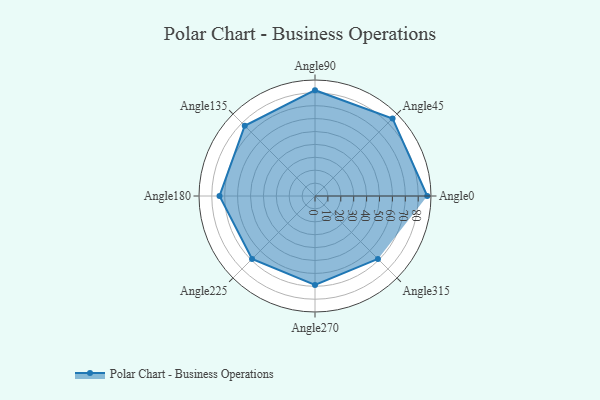
{"axis": {"x": "Angle", "y": "Radius"}, "legend": [""], "data": [{"x": "Angle0", "y": 87.0, "type": ""}, {"x": "Angle45", "y": 85.0, "type": ""}, {"x": "Angle90", "y": 82.0, "type": ""}, {"x": "Angle135", "y": 77.0, "type": ""}, {"x": "Angle180", "y": 74.0, "type": ""}, {"x": "Angle225", "y": 69.0, "type": ""}, {"x": "Angle270", "y": 69.0, "type": ""}, {"x": "Angle315", "y": 69.0, "type": ""}]}